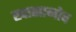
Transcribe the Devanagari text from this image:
खासानोव